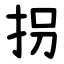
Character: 拐